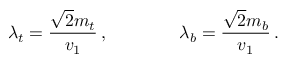
\lambda _ { t } = \frac { \sqrt { 2 } m _ { t } } { v _ { 1 } } \, , \qquad \qquad \lambda _ { b } = \frac { \sqrt { 2 } m _ { b } } { v _ { 1 } } \, .